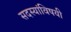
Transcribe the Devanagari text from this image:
सदस्यांविषयी